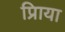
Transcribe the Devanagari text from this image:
प्रिाया